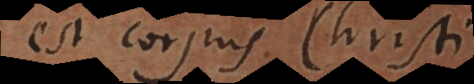
est corpus Christi,